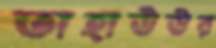
তাহাউউর